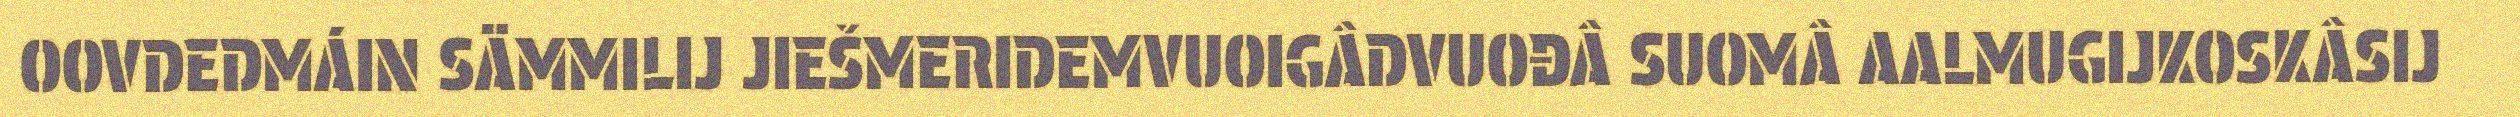
OOVDEDMÁIN SÄMMILIJ JIEŠMERIDEMVUOIGÂDVUOĐÂ SUOMÂ AALMUGIJKOSKÂSIJ